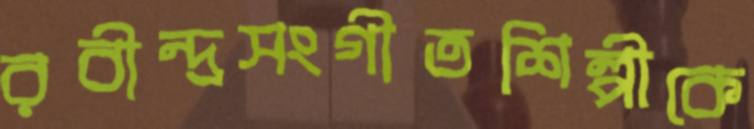
রবীন্দ্রসংগীতশিল্পীকে